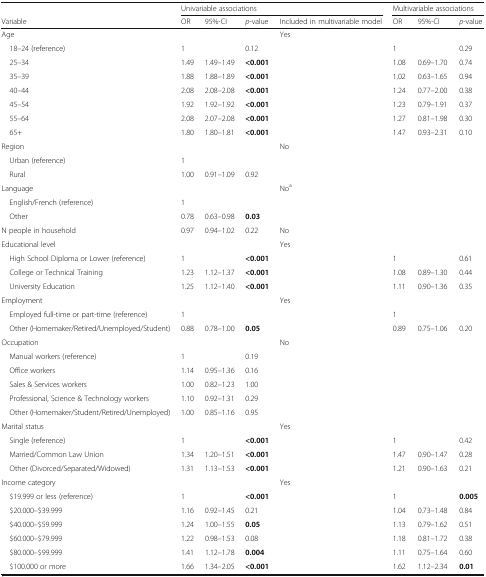
<table><thead><tr><td></td><td colspan="4"><b>Univariable associations</b></td><td colspan="3"><b>Multivariable associations</b></td></tr><tr><td><b>Variable</b></td><td><b>OR</b></td><td><b>95%-CI</b></td><td><b><i>p</i>-value</b></td><td><b>Included in multivariable model</b></td><td><b>OR</b></td><td><b>95%-CI</b></td><td><b><i>p</i>-value</b></td></tr></thead><tbody><tr><td>Age</td><td></td><td></td><td></td><td>Yes</td><td></td><td></td><td></td></tr><tr><td> 18–24 (reference)</td><td>1</td><td></td><td>0.12</td><td></td><td>1</td><td></td><td>0.29</td></tr><tr><td> 25–34</td><td>1.49</td><td>1.49–1.49</td><td><b>&lt;0.001</b></td><td></td><td>1.08</td><td>0.69–1.70</td><td>0.74</td></tr><tr><td> 35–39</td><td>1.88</td><td>1.88–1.89</td><td><b>&lt;0.001</b></td><td></td><td>1.02</td><td>0.63–1.65</td><td>0.94</td></tr><tr><td> 40–44</td><td>2.08</td><td>2.08–2.08</td><td><b>&lt;0.001</b></td><td></td><td>1.24</td><td>0.77–2.00</td><td>0.38</td></tr><tr><td> 45–54</td><td>1.92</td><td>1.92–1.92</td><td><b>&lt;0.001</b></td><td></td><td>1.23</td><td>0.79–1.91</td><td>0.37</td></tr><tr><td> 55–64</td><td>2.08</td><td>2.07–2.08</td><td><b>&lt;0.001</b></td><td></td><td>1.27</td><td>0.81–1.98</td><td>0.30</td></tr><tr><td> 65+</td><td>1.80</td><td>1.80–1.81</td><td><b>&lt;0.001</b></td><td></td><td>1.47</td><td>0.93–2.31</td><td>0.10</td></tr><tr><td>Region</td><td></td><td></td><td></td><td>No</td><td></td><td></td><td></td></tr><tr><td> Urban (reference)</td><td>1</td><td></td><td></td><td></td><td></td><td></td><td></td></tr><tr><td> Rural</td><td>1.00</td><td>0.91–1.09</td><td>0.92</td><td></td><td></td><td></td><td></td></tr><tr><td>Language</td><td></td><td></td><td></td><td>No<sup>a</sup></td><td></td><td></td><td></td></tr><tr><td> English/French (reference)</td><td>1</td><td></td><td></td><td></td><td></td><td></td><td></td></tr><tr><td> Other</td><td>0.78</td><td>0.63–0.98</td><td><b>0.03</b></td><td></td><td></td><td></td><td></td></tr><tr><td>N people in household</td><td>0.97</td><td>0.94–1.02</td><td>0.22</td><td>No</td><td></td><td></td><td></td></tr><tr><td>Educational level</td><td></td><td></td><td></td><td>Yes</td><td></td><td></td><td></td></tr><tr><td> High School Diploma or Lower (reference)</td><td>1</td><td></td><td><b>&lt;0.001</b></td><td></td><td>1</td><td></td><td>0.61</td></tr><tr><td> College or Technical Training</td><td>1.23</td><td>1.12–1.37</td><td><b>&lt;0.001</b></td><td></td><td>1.08</td><td>0.89–1.30</td><td>0.44</td></tr><tr><td> University Education</td><td>1.25</td><td>1.12–1.40</td><td><b>&lt;0.001</b></td><td></td><td>1.11</td><td>0.90–1.36</td><td>0.35</td></tr><tr><td>Employment</td><td></td><td></td><td></td><td>Yes</td><td></td><td></td><td></td></tr><tr><td> Employed full-time or part-time (reference)</td><td>1</td><td></td><td></td><td></td><td>1</td><td></td><td></td></tr><tr><td> Other (Homemaker/Retired/Unemployed/Student)</td><td>0.88</td><td>0.78–1.00</td><td><b>0.05</b></td><td></td><td>0.89</td><td>0.75–1.06</td><td>0.20</td></tr><tr><td>Occupation</td><td></td><td></td><td></td><td>No</td><td></td><td></td><td></td></tr><tr><td> Manual workers (reference)</td><td>1</td><td></td><td>0.19</td><td></td><td></td><td></td><td></td></tr><tr><td> Office workers</td><td>1.14</td><td>0.95–1.36</td><td>0.16</td><td></td><td></td><td></td><td></td></tr><tr><td> Sales &amp; Services workers</td><td>1.00</td><td>0.82–1.23</td><td>1.00</td><td></td><td></td><td></td><td></td></tr><tr><td> Professional, Science &amp; Technology workers</td><td>1.10</td><td>0.92–1.31</td><td>0.29</td><td></td><td></td><td></td><td></td></tr><tr><td> Other (Homemaker/Student/Retired/Unemployed)</td><td>1.00</td><td>0.85–1.16</td><td>0.95</td><td></td><td></td><td></td><td></td></tr><tr><td>Marital status</td><td></td><td></td><td></td><td>Yes</td><td></td><td></td><td></td></tr><tr><td> Single (reference)</td><td>1</td><td></td><td><b>&lt;0.001</b></td><td></td><td>1</td><td></td><td>0.42</td></tr><tr><td> Married/Common Law Union</td><td>1.34</td><td>1.20–1.51</td><td><b>&lt;0.001</b></td><td></td><td>1.47</td><td>0.90–1.47</td><td>0.28</td></tr><tr><td> Other (Divorced/Separated/Widowed)</td><td>1.31</td><td>1.13–1.53</td><td><b>&lt;0.001</b></td><td></td><td>1.21</td><td>0.90–1.63</td><td>0.21</td></tr><tr><td>Income category</td><td></td><td></td><td></td><td>Yes</td><td></td><td></td><td></td></tr><tr><td> $19.999 or less (reference)</td><td>1</td><td></td><td><b>&lt;0.001</b></td><td></td><td>1</td><td></td><td><b>0.005</b></td></tr><tr><td> $20.000–$39.999</td><td>1.16</td><td>0.92–1.45</td><td>0.21</td><td></td><td>1.04</td><td>0.73–1.48</td><td>0.84</td></tr><tr><td> $40.000–$59.999</td><td>1.24</td><td>1.00–1.55</td><td><b>0.05</b></td><td></td><td>1.13</td><td>0.79–1.62</td><td>0.51</td></tr><tr><td> $60.000–$79.999</td><td>1.22</td><td>0.98–1.53</td><td>0.08</td><td></td><td>1.18</td><td>0.81–1.72</td><td>0.38</td></tr><tr><td> $80.000–$99.999</td><td>1.41</td><td>1.12–1.78</td><td><b>0.004</b></td><td></td><td>1.11</td><td>0.75–1.64</td><td>0.60</td></tr><tr><td> $100.000 or more</td><td>1.66</td><td>1.34–2.05</td><td><b>&lt;0.001</b></td><td></td><td>1.62</td><td>1.12–2.34</td><td><b>0.01</b></td></tr></tbody></table>